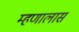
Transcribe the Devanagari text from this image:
म्हणालास